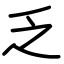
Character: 乏